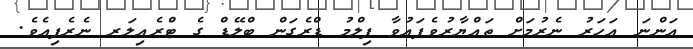
އަންނަ އަހަރު ނެރުމަށް ތައްޔާރުވެފައުވާ ފިލްމު ޑްރެގަން ބްލޭޑް ގެ ޓްރެއިލަރ ނެރެފިއެވެ.